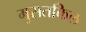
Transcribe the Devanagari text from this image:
मुसतकिल